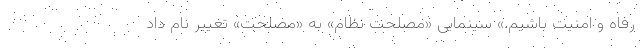
رفاه و امنیت باشیم.» سینمایی «مصلحت نظام» به «مصلحت» تغییر نام داد